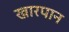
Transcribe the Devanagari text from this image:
खारपान